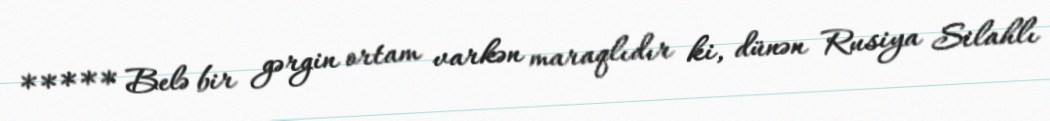
***** Belə bir gərgin ortam varkən maraqlıdır ki, dünən Rusiya Silahlı